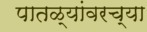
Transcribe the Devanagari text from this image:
पातळ्यांवरच्या